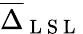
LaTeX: \overline{{\Delta}}_{\mathrm{~L~S~L~}}